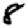
Digit: 8